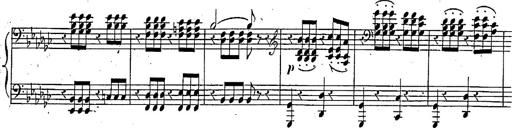
Title: Marche et Cavatine de Lucie de Lammermoor, S.398
Composer: Franz Liszt